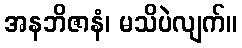
အနဘိဇာနံ၊ မသိပဲလျက်။